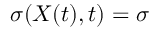
\sigma ( X ( t ) , t ) = \sigma